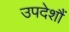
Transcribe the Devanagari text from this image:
उपदेशौं